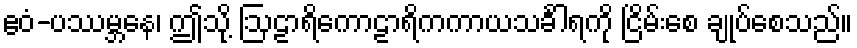
ဧဝံ-ပဿမ္ဘနေ၊ ဤသို့ ဩဠာရိကောဠာရိကကာယသင်္ခါရကို ငြိမ်းစေ ချုပ်စေသည်။